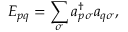
E _ { p q } = \sum _ { \sigma } a _ { p \sigma } ^ { \dagger } a _ { q \sigma } ,